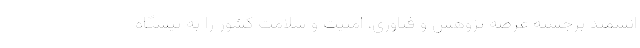
انشمند برجسته عرصه پژوهش و فناوری، امنیت و سلامت کشور را به پیشگاه